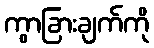
ကွာခြားချက်ကို